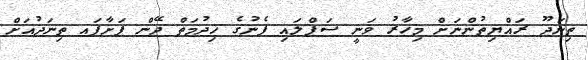
ތިނަދޫ ރައްޔިތުންނަށް މިހާރު ވަނީ ސަޕްލައި ފެނުގެ ޚިދުމަތް ދޭން ފަށާފައ ތިނަދުއަށް